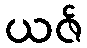
ယဇ်